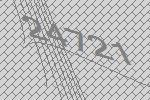
24721